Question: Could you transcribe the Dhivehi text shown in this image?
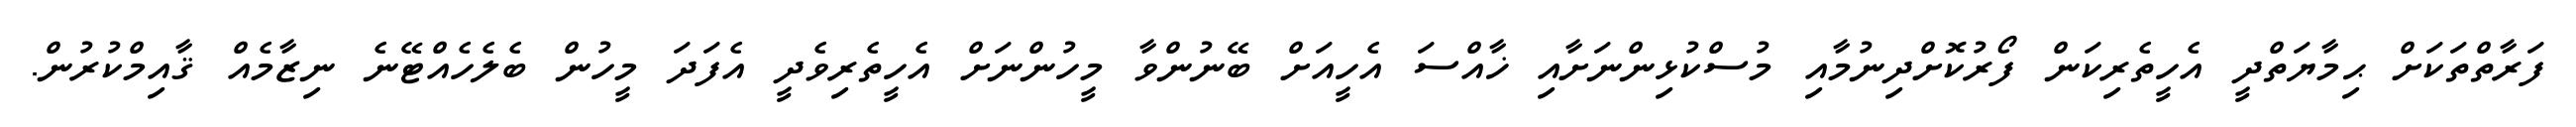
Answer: ފަރާތްތަކަށް ޙިމާޔަތްދީ އެހީތެރިކަން ފޯރުކޮށްދިނުމާއި މުސްކުޅިންނަށާއި ޚާއްސަ އެހީއަށް ބޭނުންވާ މީހުންނަށް އެހީތެރިވެދީ އެފަދަ މީހުން ބެލެހެއްޓޭނެ ނިޒާމެއް ޤާއިމްކުރުން.